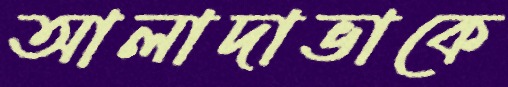
আলাদাভাকে